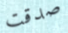
صدقت